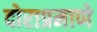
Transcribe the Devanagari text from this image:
दोराप्रमाणे